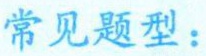
常见题型：